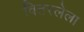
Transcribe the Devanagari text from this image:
वितरलेला